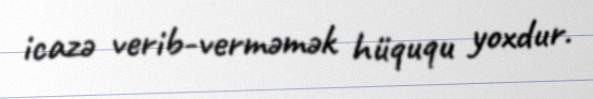
icazə verib-verməmək hüququ yoxdur.